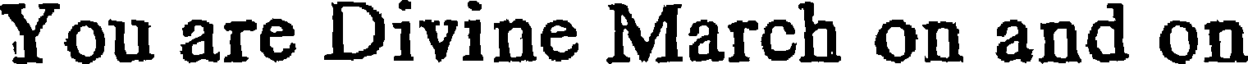
You are Divine March on and on